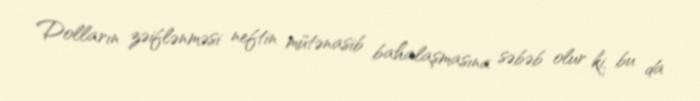
Dolların zəiflənməsi neftin mütənasib bahalaşmasına səbəb olur ki, bu da